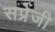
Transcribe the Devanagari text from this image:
सप्रेजी